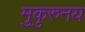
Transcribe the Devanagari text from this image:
मुकुरुनय